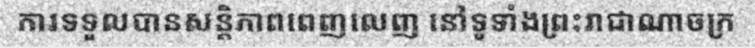
ការទទួលបានសន្តិភាពពេញលេញ នៅទូទាំងព្រះរាជាណាចក្រ